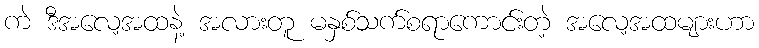
ကဲ ဒီအလေ့အထနဲ့ အလားတူ မနှစ်သက်စရာကောင်းတဲ့ အလေ့အထများဟာ